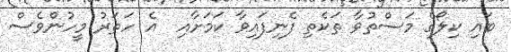
ބައި ކިލޯގެ މަސްތުވާ ތަކެތި ފެނިފައިވާ ކަމަށާއި  އެ ހަތަރު މީހުންވެސް